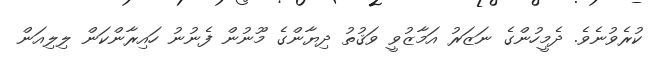
ކުރެވުނެވެ. ދެމީހުންގެ ނަޒަރު އަމާޒުވީ ވަޤުތު ދިޔާންގެ މޫނުން ފެނުނު ހައިރާންކަން ލިލިއަން